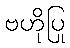
ဗဟိုပြု